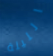
الليلة